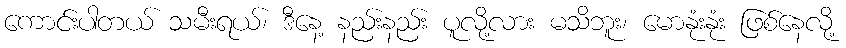
ကောင်းပါတယ် သမီးရယ်၊ ဒီနေ့ နည်းနည်း ပူလို့လား မသိဘူး၊ မောနုံးနုံး ဖြစ်နေလို့